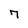
Character: 7